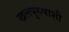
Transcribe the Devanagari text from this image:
खलपुरुषाशी